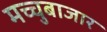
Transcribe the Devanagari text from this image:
मच्चुबाजार